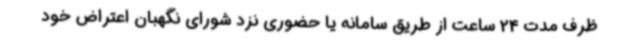
ظرف مدت 24 ساعت از طریق سامانه یا حضوری نزد شورای نگهبان اعتراض خود